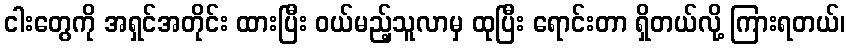
ငါးတွေကို အရှင်အတိုင်း ထားပြီး ဝယ်မည့်သူလာမှ ထုပြီး ရောင်းတာ ရှိတယ်လို့ ကြားရတယ်၊